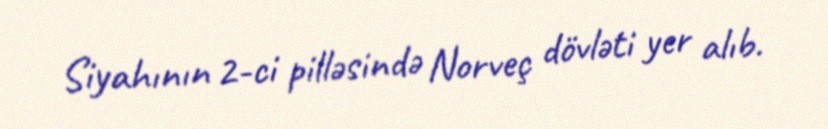
Siyahının 2-ci pilləsində Norveç dövləti yer alıb.